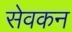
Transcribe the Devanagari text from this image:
सेवकन